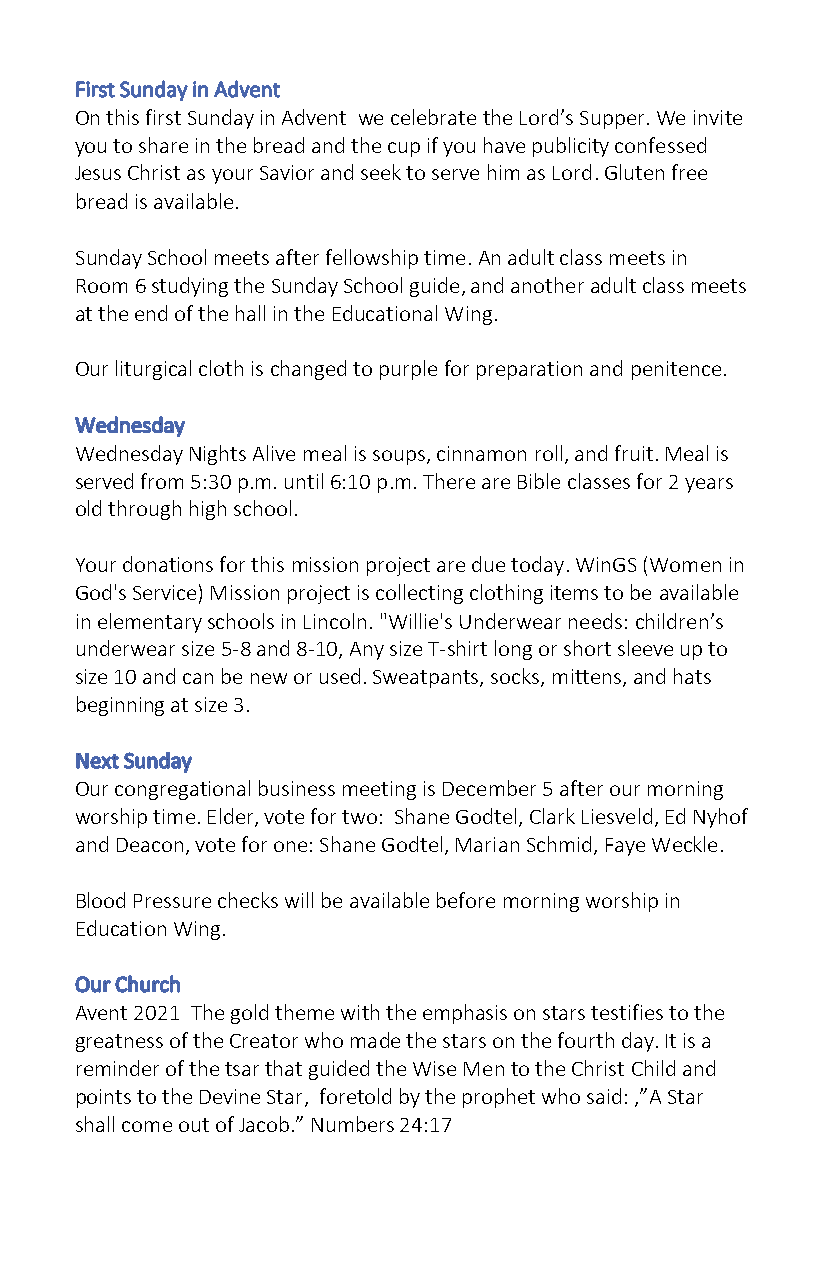
On this first Sunday in Advent we celebrate the Lord’s Supper. We invite
 you to share in the bread and the cup if you have publicity confessed
 Jesus Christ as your Savior and seek to serve him as Lord. Gluten free
 bread is available.
 Sunday School meets after fellowship time. An adult class meets in
 Room 6 studying the Sunday School guide, and another adult class meets
 at the end of the hall in the Educational Wing.
 Our liturgical cloth is changed to purple for preparation and penitence.
 Wednesday Nights Alive meal is soups, cinnamon roll, and fruit. Meal is
 served from 5:30 p.m. until 6:10 p.m. There are Bible classes for 2 years
 old through high school.
 Your donations for this mission project are due today. WinGS (Women in
 God's Service) Mission project is collecting clothing items to be available
 in elementary schools in Lincoln. "Willie's Underwear needs: children’s
 underwear size 5-8 and 8-10, Any size T-shirt long or short sleeve up to
 size 10 and can be new or used. Sweatpants, socks, mittens, and hats
 beginning at size 3.
 Our congregational business meeting is December 5 after our morning
 worship time. Elder, vote for two: Shane Godtel, Clark Liesveld, Ed Nyhof
 and Deacon, vote for one: Shane Godtel, Marian Schmid, Faye Weckle.
 Blood Pressure checks will be available before morning worship in
 Education Wing.
 Avent 2021 The gold theme with the emphasis on stars testifies to the
 greatness of the Creator who made the stars on the fourth day. It is a
 reminder of the tsar that guided the Wise Men to the Christ Child and
 points to the Devine Star, foretold by the prophet who said: ,”A Star
 shall come out of Jacob.” Numbers 24:17